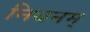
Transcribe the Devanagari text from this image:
निधनम्